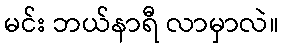
မင်း ဘယ်နာရီ လာမှာလဲ။